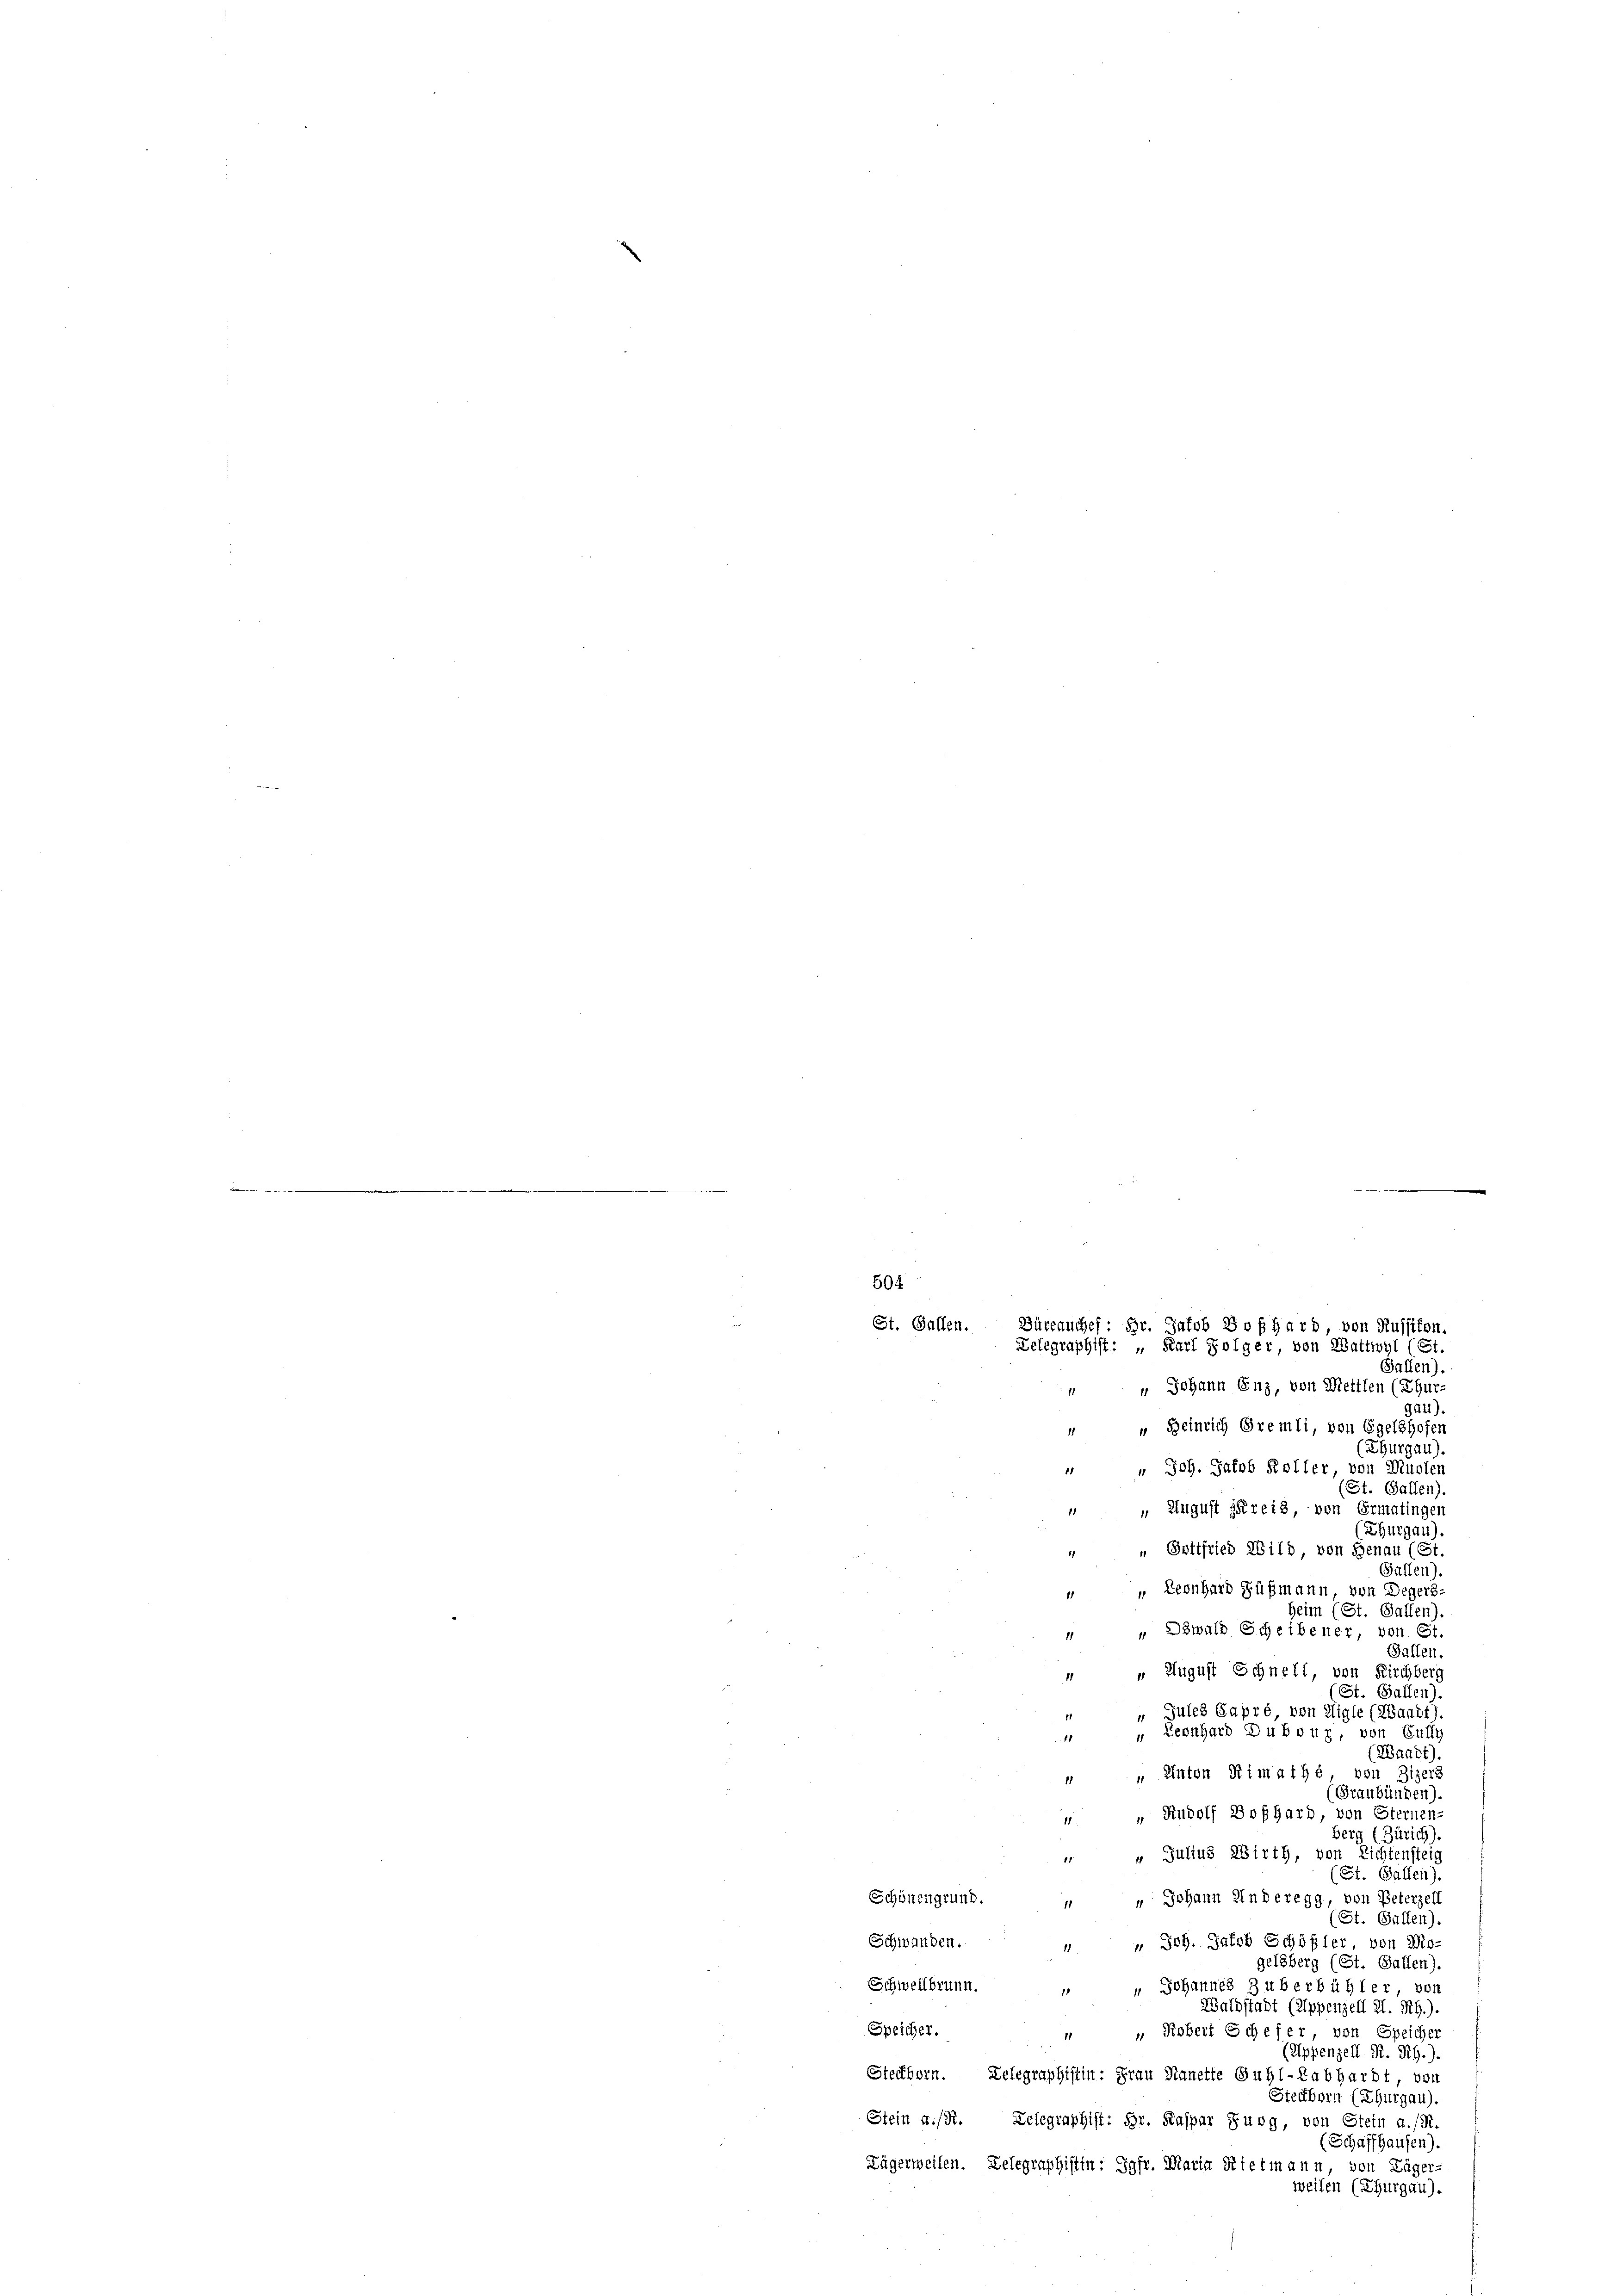
504
St. Gallen. Büreauches: Hr. Jakob Boßhard, von Russikon.
Telegraphist: " Karl Folger, von Wattwyl (St.
Gallen).

" Johann Enz, von Mettlen (Ehur-
Gau).
4 " Heinrich Gremli, von Egelshofen
(Thurgau).
" " Joh. Jakob Koller, von Musten
(St. Gallen).
 August freis von Ermatingen
(Thurgau)
" Gottfried Wild von Genau (St
Gallen).
 " Leonhard Füßmann von Degers
Heim (St. Gallen).
Dzwald Scheibener, von St.
11
Fallen.
 „ August Schnell, von Kirchberg
(St. Gallen).
Jules Gapré von Aigle (ZBaadt).
11
" Leonhard Dubour, von Gully
1
(Waadt).
" Anton Kimaths, von Zizers
Graubünden).
 " Rudolf Boßhard, von Sternen.
berg (Zürich).
 „ Julius Wirth, von Lichtensteig
(St. Gallen).
Schönengrund. „ „ Johann Anderegg, von Peterzell
(St. Gallen).
Schwanden. " " Joh. Jakob Schöfler von Mo-
gelsberg (St. Gallen).
Schwellbrunn. " " Johannes Zuberbühler von
Waldstadt (Appenzell A. Rh.).
Speicher. „ „ Robert Schefer, von Speicher
(Appenzell R. RG.).
Steckborn. Telegraphistin: Frau Stanette Guhl-Rabhardt, von
Steckborn (Thurgau).
Stein K. R. Telegraphist: Hr. Kaspar Burg, von Stein a./R.
(Schaffhausen).
Lägerweilen. Delegraphistin: Jgfr. Maria Rietmann, von Läger-
weilen (Thurgau).